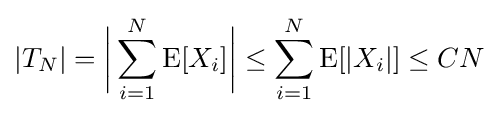
|T_{N}|={\biggl |}\sum _{i=1}^{N}\operatorname {E} [X_{i}]{\biggr |}\leq \sum _{i=1}^{N}\operatorname {E} [|X_{i}|]\leq CN